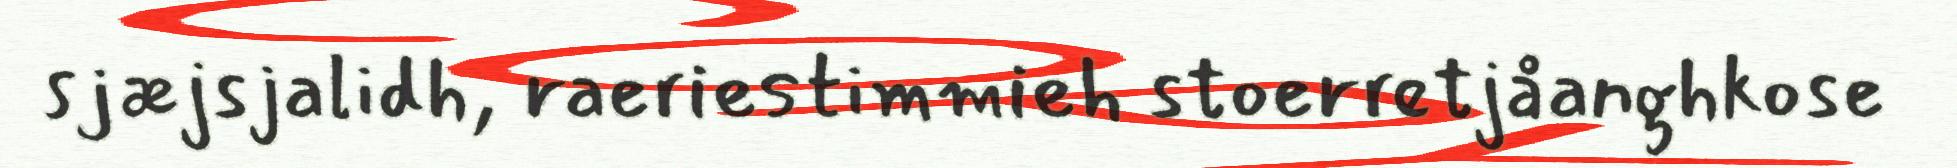
sjæjsjalidh, raeriestimmieh stoerretjåanghkose